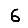
Digit: 6